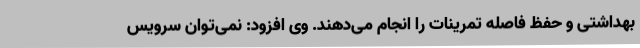
بهداشتی و حفظ فاصله تمرینات را انجام می‌دهند. وی افزود: نمی‌توان سرویس